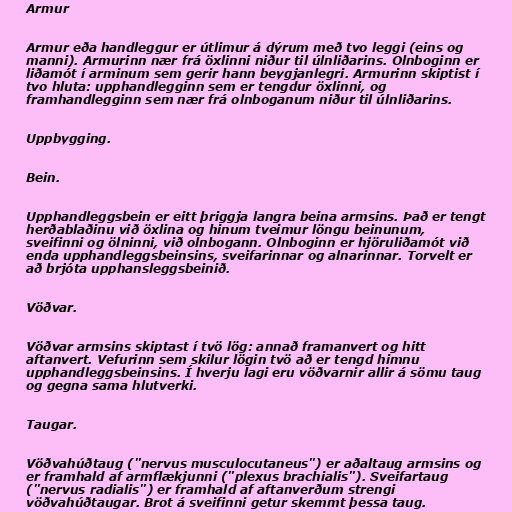
Armur

Armur eða handleggur er útlimur á dýrum með tvo leggi (eins og
manni). Armurinn nær frá öxlinni niður til úlnliðarins. Olnboginn er
liðamót í arminum sem gerir hann beygjanlegri. Armurinn skiptist í
tvo hluta: upphandlegginn sem er tengdur öxlinni, og
framhandlegginn sem nær frá olnboganum niður til úlnliðarins.

Uppbygging.

Bein.

Upphandleggsbein er eitt þriggja langra beina armsins. Það er tengt
herðablaðinu við öxlina og hinum tveimur löngu beinunum,
sveifinni og ölninni, við olnbogann. Olnboginn er hjöruliðamót við
enda upphandleggsbeinsins, sveifarinnar og alnarinnar. Torvelt er
að brjóta upphansleggsbeinið.

Vöðvar.

Vöðvar armsins skiptast í tvö lög: annað framanvert og hitt
aftanvert. Vefurinn sem skilur lögin tvö að er tengd himnu
upphandleggsbeinsins. Í hverju lagi eru vöðvarnir allir á sömu taug
og gegna sama hlutverki.

Taugar.

Vöðvahúðtaug ("nervus musculocutaneus") er aðaltaug armsins og
er framhald af armflækjunni ("plexus brachialis"). Sveifartaug
("nervus radialis") er framhald af aftanverðum strengi
vöðvahúðtaugar. Brot á sveifinni getur skemmt þessa taug.